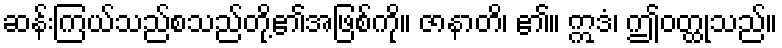
ဆန်းကြယ်သည်စသည်တို့၏အဖြစ်ကို။ ဇာနာတိ၊ ၏။ ဣဒံ၊ ဤဝတ္ထုသည်။